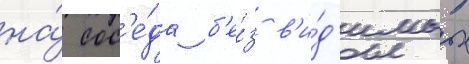
на́ сос'е́да б'е́з в'и́д'имых